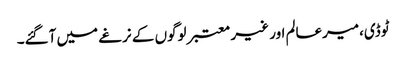
ٹوڈی،میرعالم اور غیر معتبر لوگوں کے نرغے میں آگئے۔